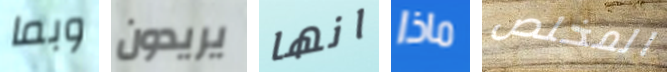
وبما يريدون انها ماذا المخلص